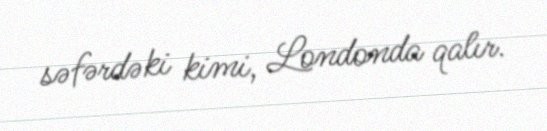
səfərdəki kimi, Londonda qalır.